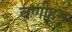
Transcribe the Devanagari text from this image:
वणीहून